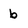
Character: b